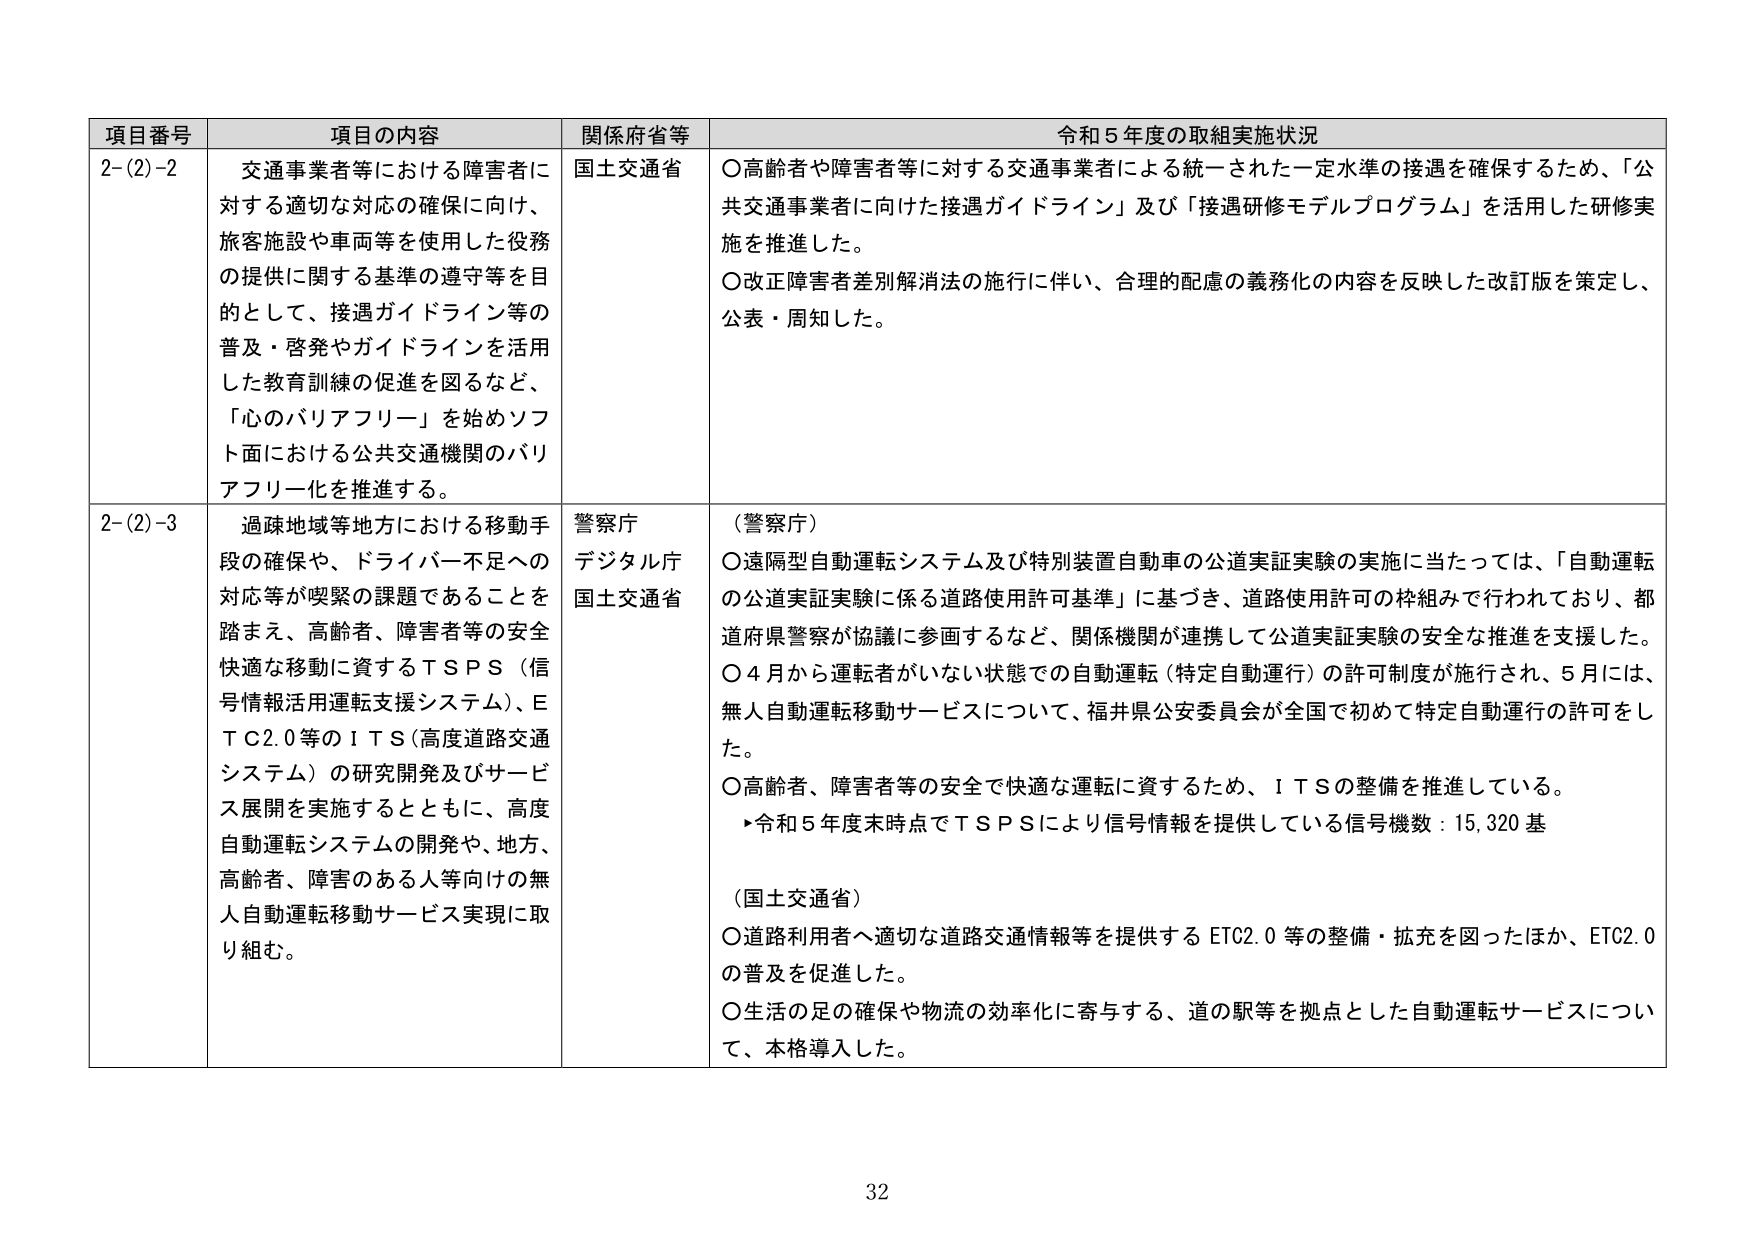
項目番号 項目の内容 関係府省等 令和５年度の取組実施状況
2-(2)-2 交通事業者等における障害者に対する適切な対応の確保に向け、旅客施設や車両等を使用した役務の提供に関する基準の遵守等を目的として、接遇ガイドライン等の普及・啓発やガイドラインを活用した教育訓練の促進を図るなど、「心のバリアフリー」を始めソフト面における公共交通機関のバリアフリー化を推進する。 国土交通省 ○高齢者や障害者等に対する交通事業者による統一された一定水準の接遇を確保するため、「公共交通事業者に向けた接遇ガイドライン」及び「接遇研修モデルプログラム」を活用した研修実施を推進した。 ○改正障害者差別解消法の施行に伴い、合理的配慮の義務化の内容を反映した改訂版を策定し、公表・周知した。
2-(2)-3 過疎地域等地方における移動手段の確保や、ドライバー不足への対応等が喫緊の課題であることを踏まえ、高齢者、障害者等の安全快適な移動に資するＴＳＰＳ（信号情報活用運転支援システム）、ＥＴＣ2.0等のＩＴＳ（高度道路交通システム）の研究開発及びサービス展開を実施するとともに、高度自動運転システムの開発や、地方、高齢者、障害のある人等向けの無人自動運転移動サービス実現に取り組む。 警察庁 デジタル庁 国土交通省 （警察庁） ○遠隔型自動運転システム及び特別装置自動車の公道実証実験の実施に当たっては、「自動運転の公道実証実験に係る道路使用許可基準」に基づき、道路使用許可の枠組みで行われており、都道府県警察が協議に参画するなど、関係機関が連携して公道実証実験の安全な推進を支援した。 ○４月から運転者がいない状態での自動運転（特定自動運行）の許可制度が施行され、５月には、無人自動運転移動サービスについて、福井県公安委員会が全国で初めて特定自動運行の許可をした。 ○高齢者、障害者等の安全で快適な運転に資するため、ＩＴＳの整備を推進している。 ▸令和５年度末時点でＴＳＰＳにより信号情報を提供している信号機数：15,320基 （国土交通省） ○道路利用者へ適切な道路交通情報等を提供するＥＴＣ2.0等の整備・拡充を図ったほか、ＥＴＣ2.0の普及を促進した。 ○生活の足の確保や物流の効率化に寄与する、道の駅等を拠点とした自動運転サービスについて、本格導入した。
32